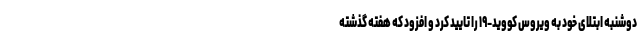
دوشنبه ابتلای خود به ویروس کووید-۱۹ را تایید کرد و افزود که هفته گذشته